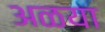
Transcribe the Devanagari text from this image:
अळया